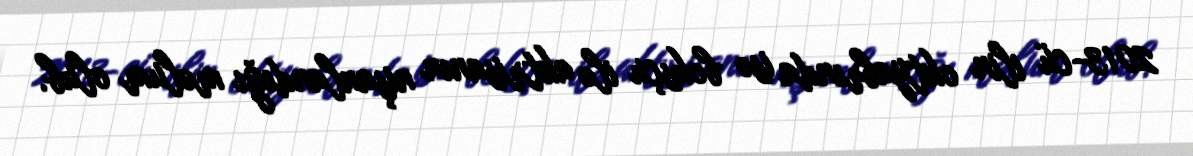
2013-cü ilin oktyabrında isə boksçu ilə aktrisanın nişanlandığı məlum olub.